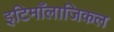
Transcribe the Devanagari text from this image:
इटिमाँलाजिकल